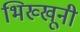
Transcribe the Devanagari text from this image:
भिख्खूनी